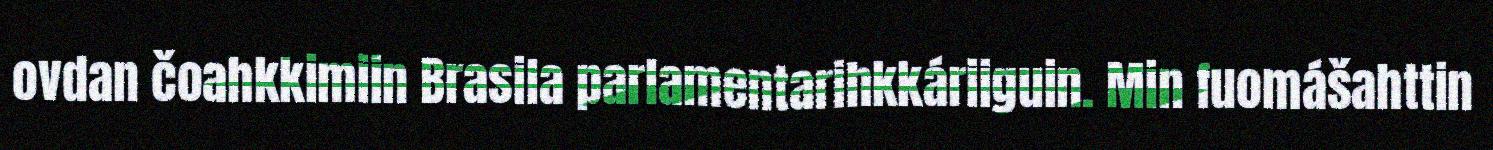
ovdan čoahkkimiin Brasila parlamentarihkkáriiguin. Min fuomášahttin